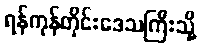
ရန်ကုန်တိုင်းဒေသကြီးသို့